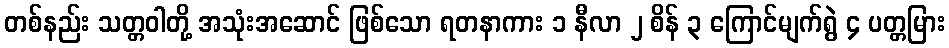
တစ်နည်း သတ္တဝါတို့ အသုံးအဆောင် ဖြစ်သော ရတနာကား ၁ နီလာ ၂ စိန် ၃ ကြောင်မျက်ရွဲ ၄ ပတ္တမြား